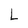
Character: L